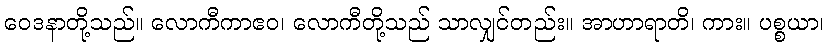
ဝေဒနာတို့သည်။ လောကီကာဧဝ၊ လောကီတို့သည် သာလျှင်တည်း။ အာဟာရာတိ၊ ကား။ ပစ္စယာ၊